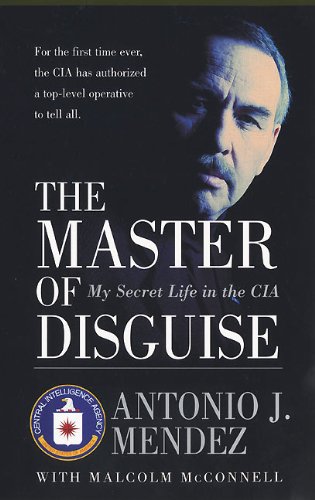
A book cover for The Master of Disguise: My Secret Life in the CIA; Antonio J. Mendez; Biographies & Memoirs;